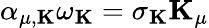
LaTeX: \alpha_{\mu,{\mathbf K}}\omega_{\mathbf K}=\sigma_{\mathbf K}{\mathbf K}_{\mu}